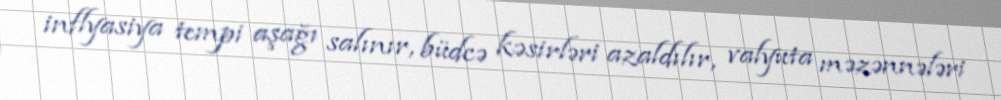
inflyasiya tempi aşağı salınır, büdcə kəsirləri azaldılır, valyuta məzənnələri